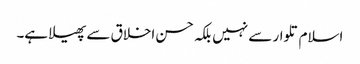
اسلام تلوار سے نہیں بلکہ حسن اخلاق سے پھیلا ہے۔